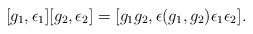
LaTeX: \begin{align*} [g_1, \epsilon_1][g_2, \epsilon_2] = [g_1g_2, \epsilon(g_1,g_2)\epsilon_1\epsilon_2].\end{align*}